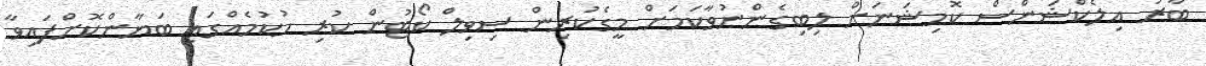
ބާރު އިލެކްޝަންސް ކޮމިޝަނަށް ލިބިގެންނުވާކަމަށް މީގެކުރިން ސިވިލް ކޯޓުން ކުރި ހުކުމެއްގައި ބަޔާންކޮށްފައިވާ